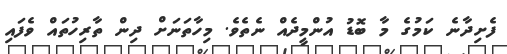
ފެށިދާނެ ކަމުގެ މާ ބޮޑު އުންމީދެއް ނެތެވެ. މިހާތަނަށް ދިން ތާރިހުތައް ވެފައި